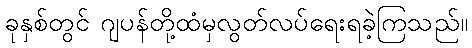
ခုနှစ်တွင် ဂျပန်တို့ထံမှလွတ်လပ်ရေးရခဲ့ကြသည်။